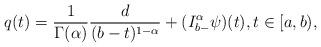
LaTeX: \begin{align*}q(t) = \frac{1}{\Gamma(\alpha)}\frac{d}{(b-t)^{1-\alpha}} + (I^{\alpha}_{b-} \psi )(t) ,t\in [a,b),\end{align*}